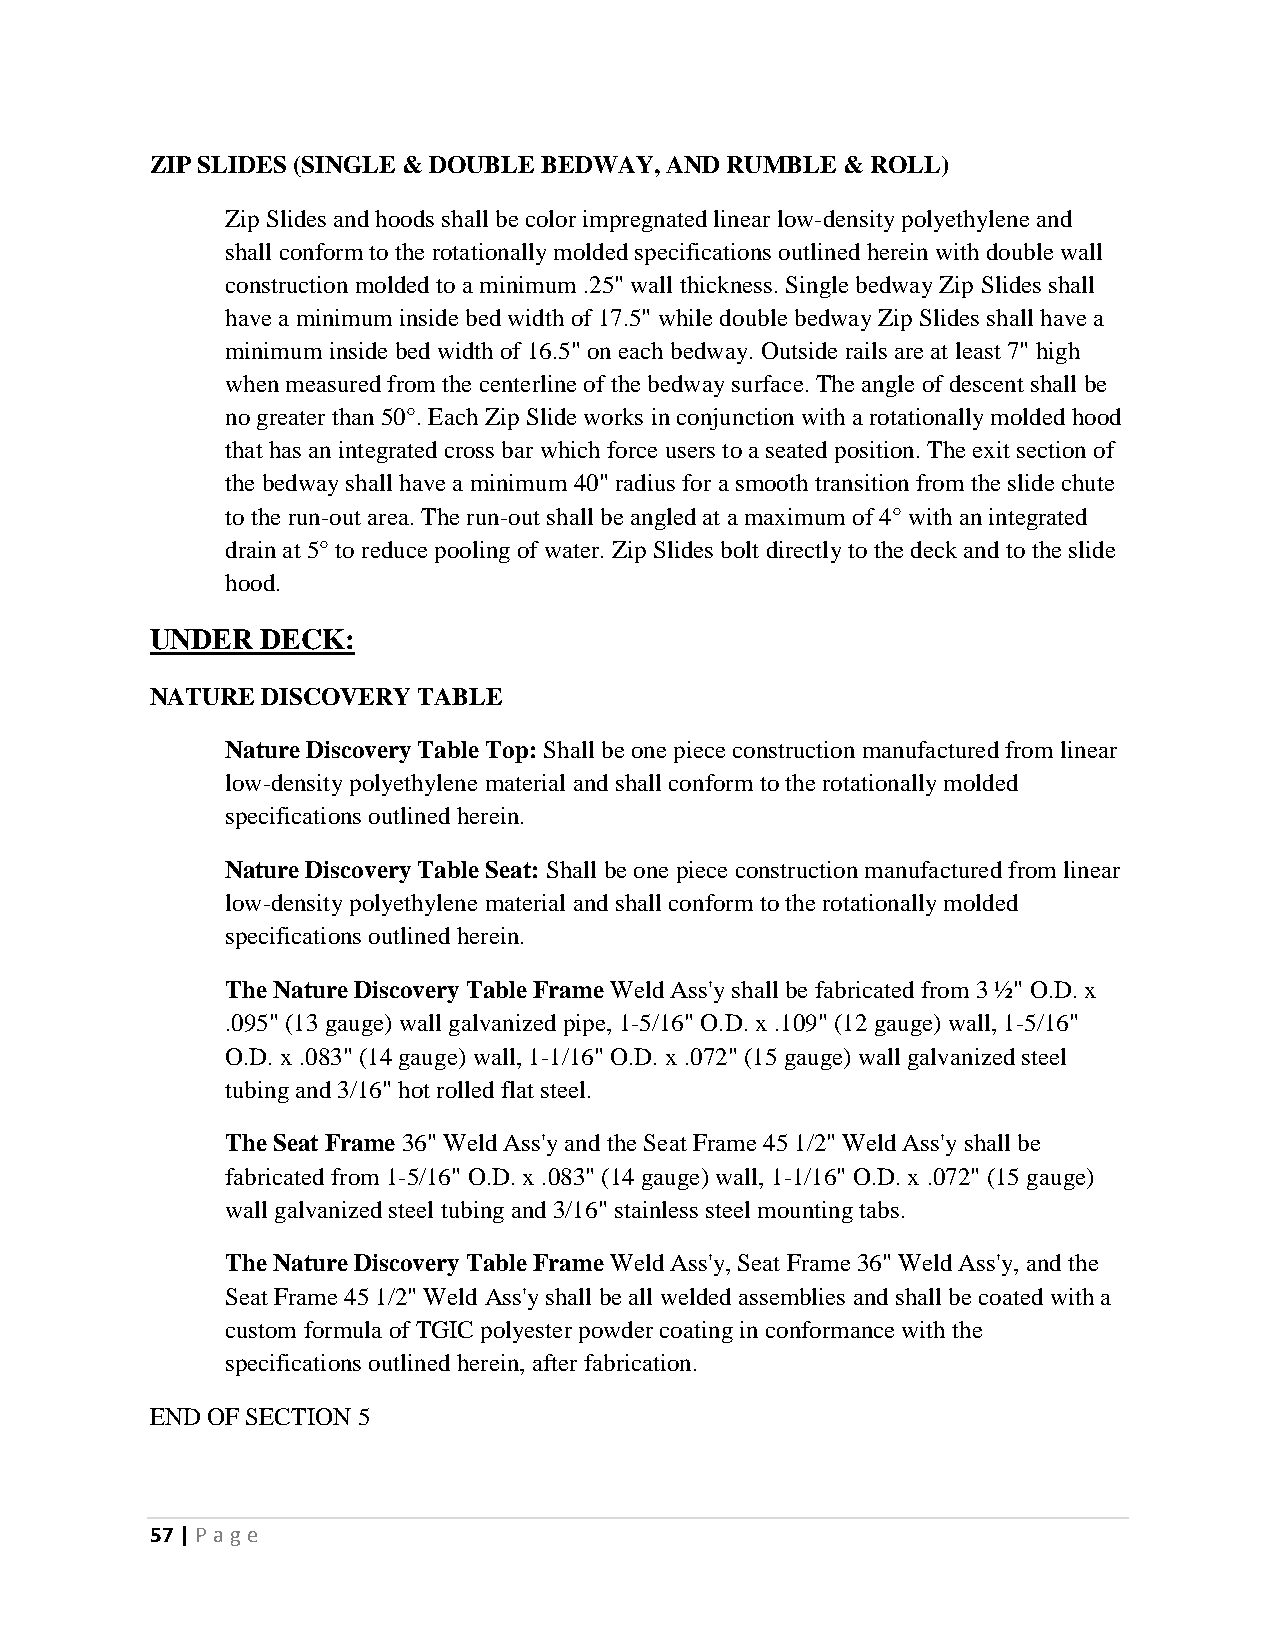
ZIP SLIDES (SINGLE & DOUBLE BEDWAY, AND RUMBLE & ROLL)
 Zip Slides and hoods shall be color impregnated linear low-density polyethylene and
 shall conform to the rotationally molded specifications outlined herein with double wall
 construction molded to a minimum .25" wall thickness. Single bedway Zip Slides shall
 have a minimum inside bed width of 17.5" while double bedway Zip Slides shall have a
 minimum inside bed width of 16.5" on each bedway. Outside rails are at least 7" high
 when measured from the centerline of the bedway surface. The angle of descent shall be
 no greater than 50°. Each Zip Slide works in conjunction with a rotationally molded hood
 that has an integrated cross bar which force users to a seated position. The exit section of
 the bedway shall have a minimum 40" radius for a smooth transition from the slide chute
 to the run-out area. The run-out shall be angled at a maximum of 4° with an integrated
 drain at 5° to reduce pooling of water. Zip Slides bolt directly to the deck and to the slide
 hood.
 UNDER  DECK:
 NATURE DISCOVERY  TABLE
 Nature Discovery Table Top: Shall be one piece construction manufactured from linear
 low-density polyethylene material and shall conform to the rotationally molded
 specifications outlined herein.
 Nature Discovery Table Seat: Shall be one piece construction manufactured from linear
 low-density polyethylene material and shall conform to the rotationally molded
 specifications outlined herein.
 The Nature Discovery Table Frame Weld Ass'y shall be fabricated from 3 ½" O.D. x
 .095" (13 gauge) wall galvanized pipe, 1-5/16" O.D. x .109" (12 gauge) wall, 1-5/16"
 O.D. x .083" (14 gauge) wall, 1-1/16" O.D. x .072" (15 gauge) wall galvanized steel
 tubing and 3/16" hot rolled flat steel.
 The Seat Frame 36" Weld Ass'y and the Seat Frame 45 1/2" Weld Ass'y shall be
 fabricated from 1-5/16" O.D. x .083" (14 gauge) wall, 1-1/16" O.D. x .072" (15 gauge)
 wall galvanized steel tubing and 3/16" stainless steel mounting tabs.
 The Nature Discovery Table Frame Weld Ass'y, Seat Frame 36" Weld Ass'y, and the
 Seat Frame 45 1/2" Weld Ass'y shall be all welded assemblies and shall be coated with a
 custom formula of TGIC polyester powder coating in conformance with the
 specifications outlined herein, after fabrication.
 END OF SECTION 5
 57 | P age